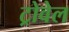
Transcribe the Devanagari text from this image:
ट्रोवेल